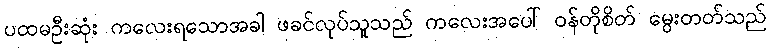
ပထမဦးဆုံး ကလေးရသောအခါ ဖခင်လုပ်သူသည် ကလေးအပေါ် ဝန်တိုစိတ် မွေးတတ်သည်